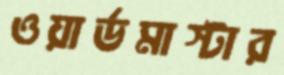
ওয়ার্ডমাস্টার